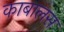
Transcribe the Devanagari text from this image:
काबालस